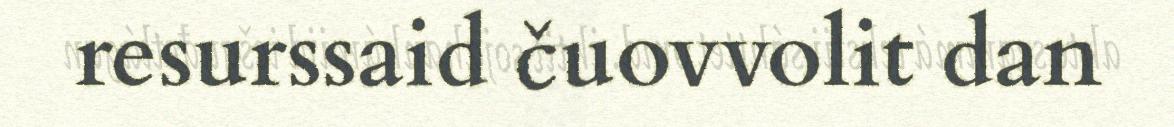
resurssaid čuovvolit dan